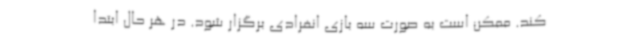
کند. ممکن است به صورت سه بازی انفرادی برگزار شود. در هر حال ابتدا